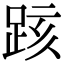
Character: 𨀖